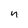
Character: n